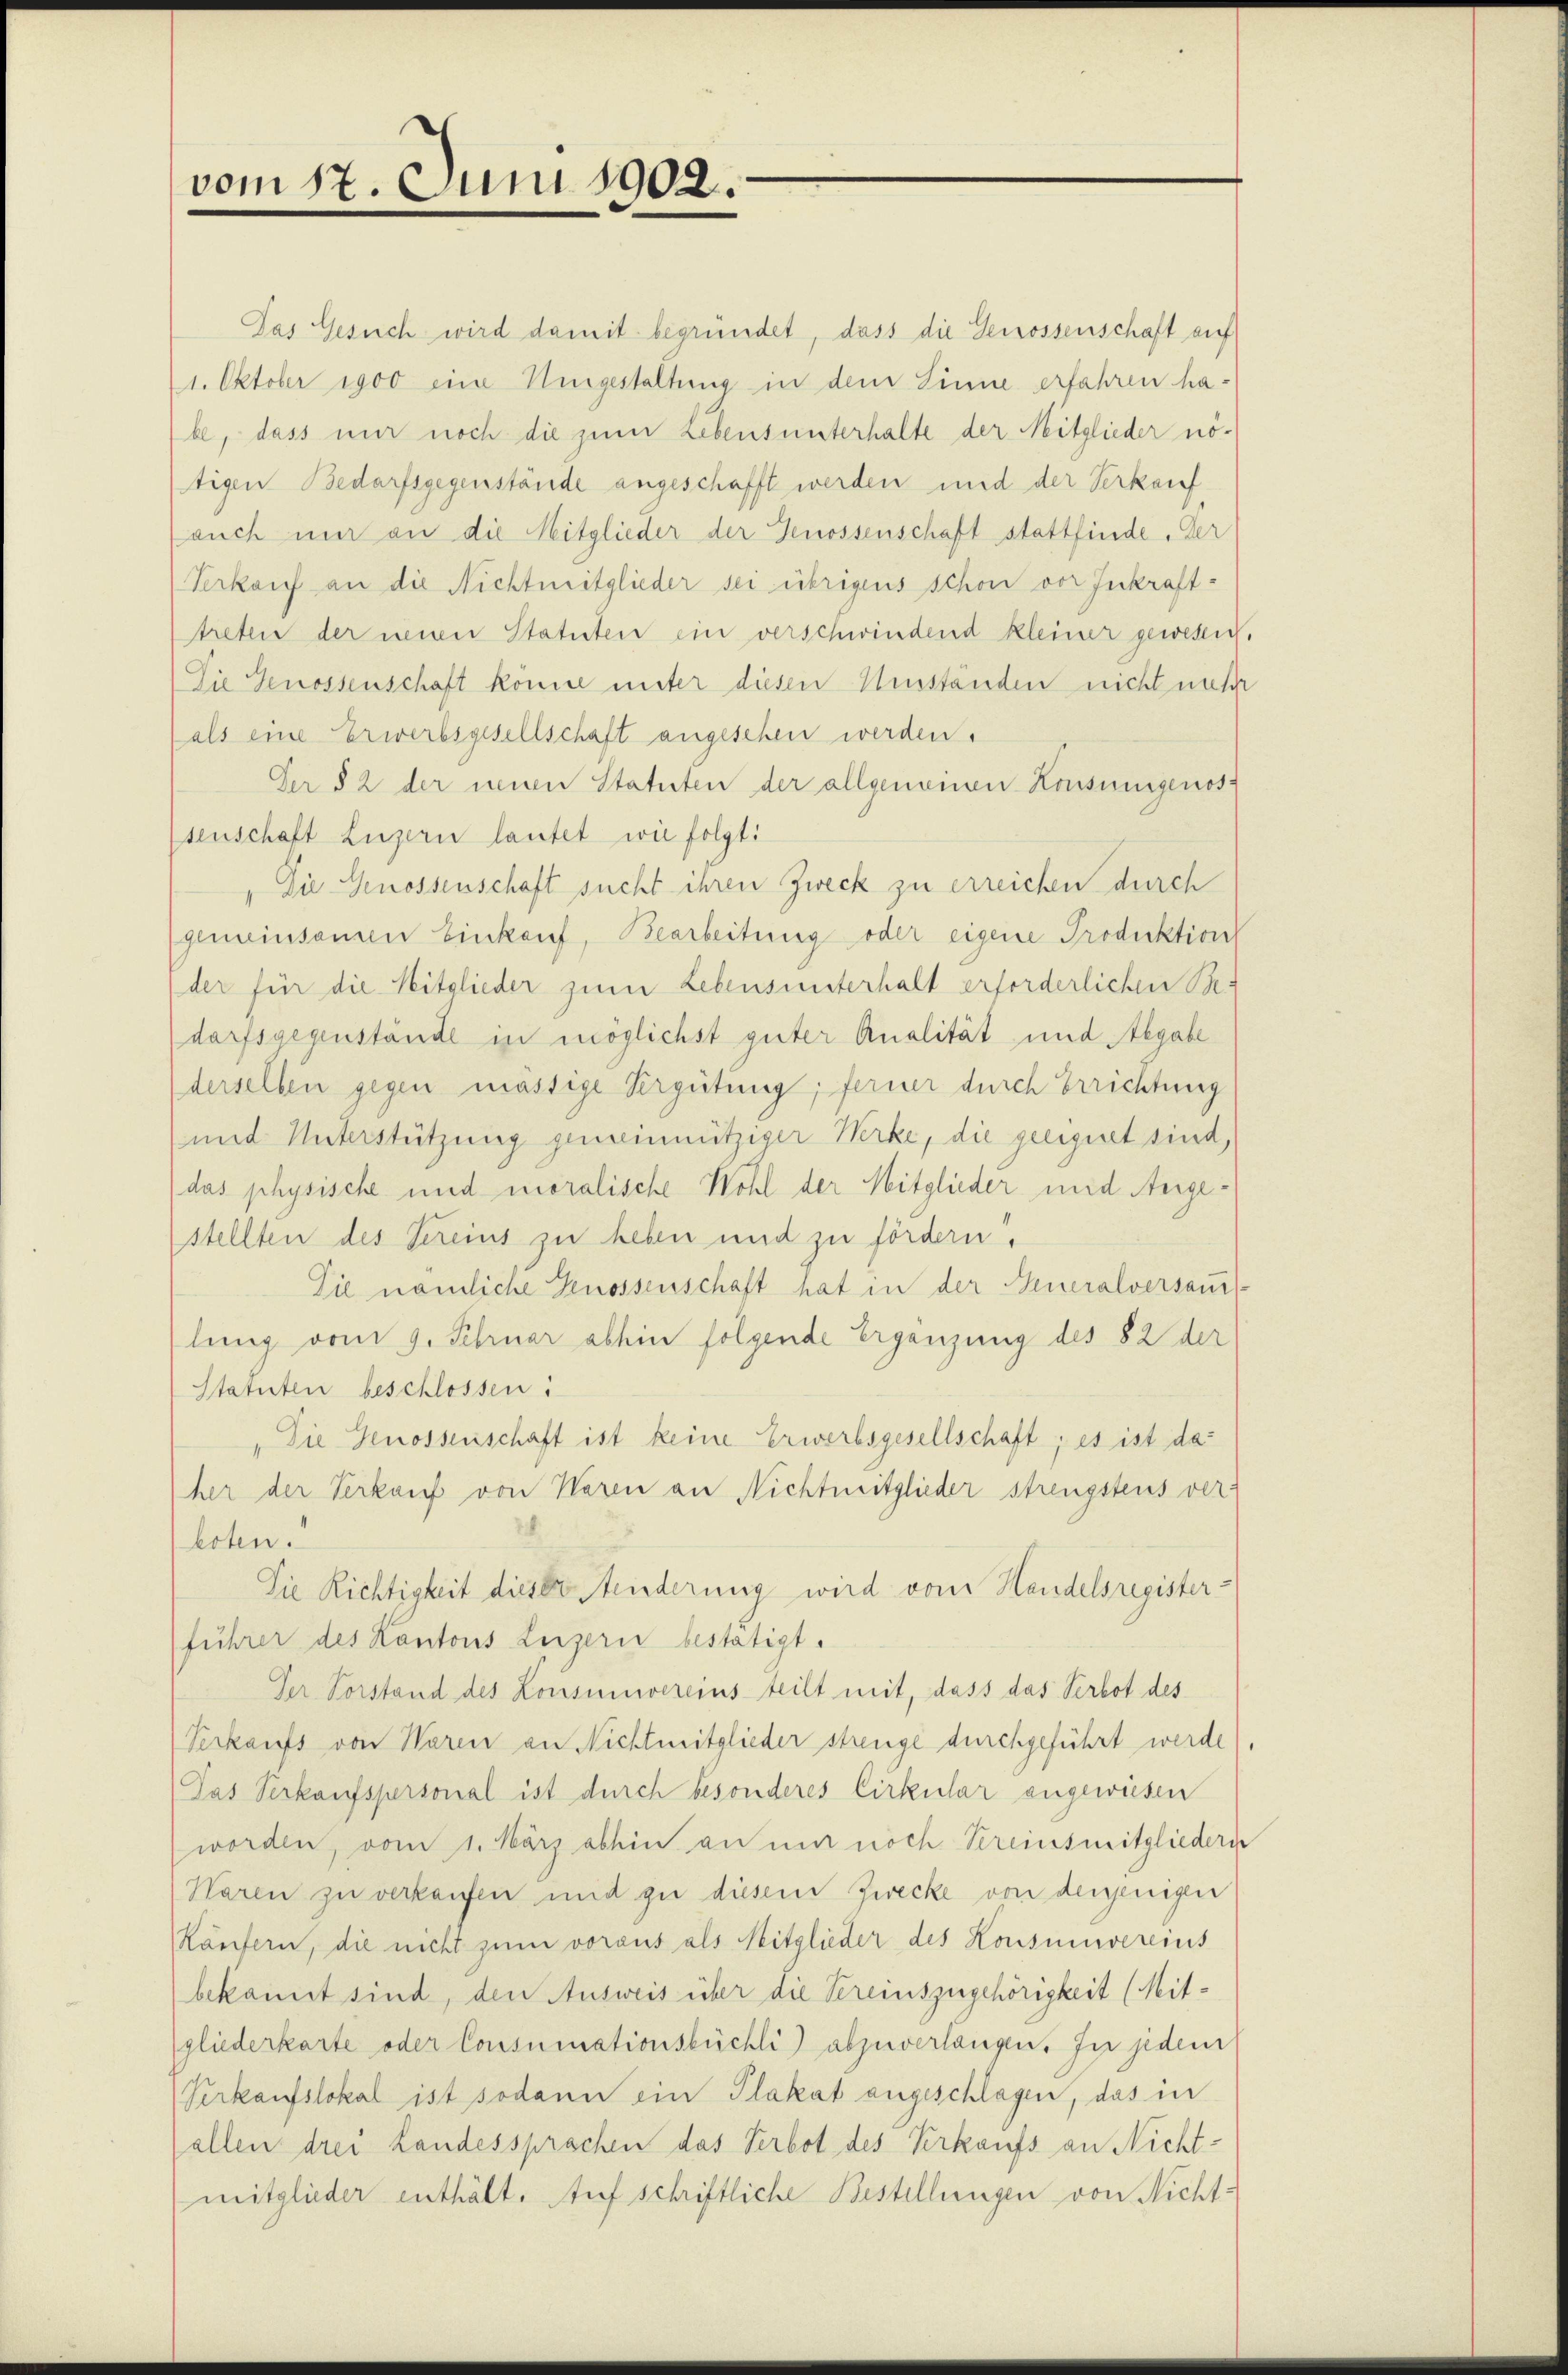
vom 17. Juni 1902.

Das Gesuch wird damit begründet, dass die Genossenschaft auf
1. Oktober 1900 eine Umgestaltung in dem Sinne erfahren habe, dass nur noch die zum Lebensunterhalte der Mitglieder nö-
tigen Bedarfsgegenstände angeschafft werden und der Verkauf
auch nur an die Mitglieder der Genossenschaft stattfinde. Der
Verkauf an die Nichtmitglieder sei übrigens schon vor Inkrafttreten der neuen Statuten ein verschwindend kleiner gewesen.
Die Genossenschaft könne unter diesen Umständen nicht mehr
als eine Erwerbsgesellschaft angesehen werden.
Der § 2 der neuen Statuten der allgemeinen Konsungenos-
senschaft Luzern lautet wie folgt:
Die Genossenschaft sucht ihren Zweck zu erreichen durch
gemeinsamen Einkauf, Bearbeitung oder eigene Produktion
der für die Mitglieder zum Lebensunterhalt erforderlichen Be-
darfsgegenstände in möglichst guter Analität und Begabe
derselben gegen mässige Vergütung; ferner durch Errichtung
und Unterstützung gemeinnütziger Werke, die geeignet sind,
das physische und moralische Wohl der Mitglieder und Angestellten des Sereins zu heben und zu fördern.
Die nämliche Genossenschaft hat in der Generalversauf-
lung vom 9. Februar abhin folgende Ergänzung des 82 der
Statuten beschlossen:
"Die Genossenschaft ist keine Erwerbsgesellschaft; es ist daher der Verkauf von Waren an Nichtmitglieder strengstens verloten.
Die Richtigkeit dieser inderung wird vom Handelsregister-
führer des Kantons Luzern bestätigt.
Ver Vorstand des Konsumvereinsteilt mit, dass das Verbot des
Verkaufs von Waren an Nichtmitglieder strenge durchgeführt werde
Das Verkaufspersonal ist durch besonderes Cirkular angewiesen
worden, vom 1. März abhin an nur noch Vereinsmitgliedern
Waren zu verkaufen und zu diesem Zwecke von denjenigen
Käufern, die nicht zum voraus als Mitglieder des Konsumvereins
bekannt sind, den Ausweis über die Vereinszugehörigkeit (Mitgliederkarte oder Consumationsbüchli) abzuverlangen. In jedem
Verkaufslokal ist sodann ein Plakat angeschlagen, das in
(allen drei Landessprachen das Verbot des Verkaufs an Nicht-
mitglieder enthält. Auf schriftliche Bestellungen von Nicht-